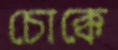
চোক্কে